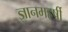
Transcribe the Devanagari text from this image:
ज्ञानमहर्षी